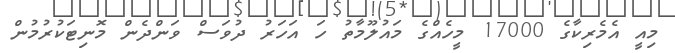
މިއީ އެމެރިކާގެ 17000 މީހެއްގެ މައުލޫމާތު ހަ އަހަރު ދުވަސް ވަންދެން މޮނިޓަކުރުމުން